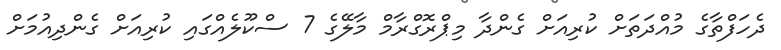
ދެހަފްތާގެ މުއްދަތަށް ކުރިއަށް ގެންދާ މިޕްރޮގްރާމް މާލޭގެ 7 ސްކޫލެއްގައި ކުރިއަށް ގެންދިއުމަށް